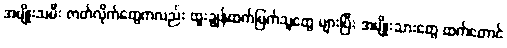
အမျိုးသမီး ဇာတ်လိုက်တွေကလည်း ထူးချွန်ထက်မြက်သူတွေ များပြီး အမျိုးသားတွေ ထက်တောင်